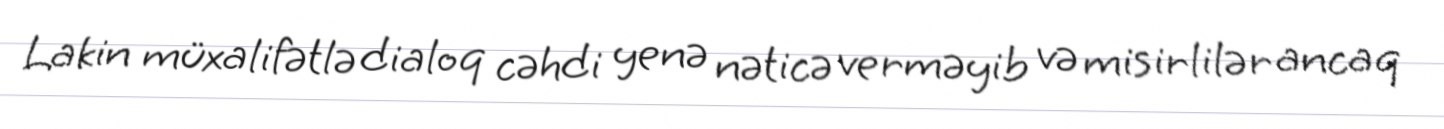
Lakin müxalifətlə dialoq cəhdi yenə nəticə verməyib və misirlilər ancaq